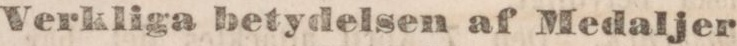
Verkliga betydelsen af Medaljer